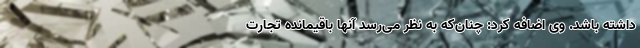
داشته باشد. وی اضافه کرد: چنان‌که به نظر می‌رسد آنها باقیمانده تجارت